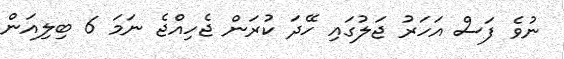
ނުވެ ފަސް އަހަރު ޖަލުގައި ހޭދަ ކުރަން ޖެހިއްޖެ ނަމަ 6 ބިލިއަން